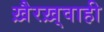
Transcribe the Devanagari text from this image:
ख़ैरख़्वाही